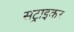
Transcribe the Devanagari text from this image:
सट्राइकर